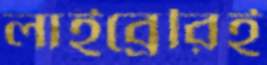
লাইব্রেরিই